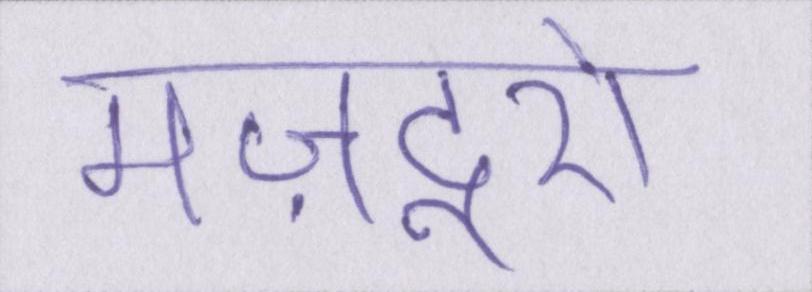
मज़दूरों